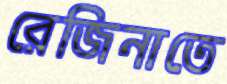
রেজিনাতে